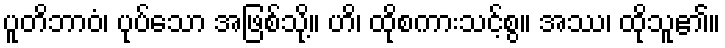
ပူတိဘာဝံ၊ ပုပ်သော အဖြစ်သို့။ ဟိ၊ ထိုစကားသင့်စွ။ အဿ၊ ထိုသူ၏။